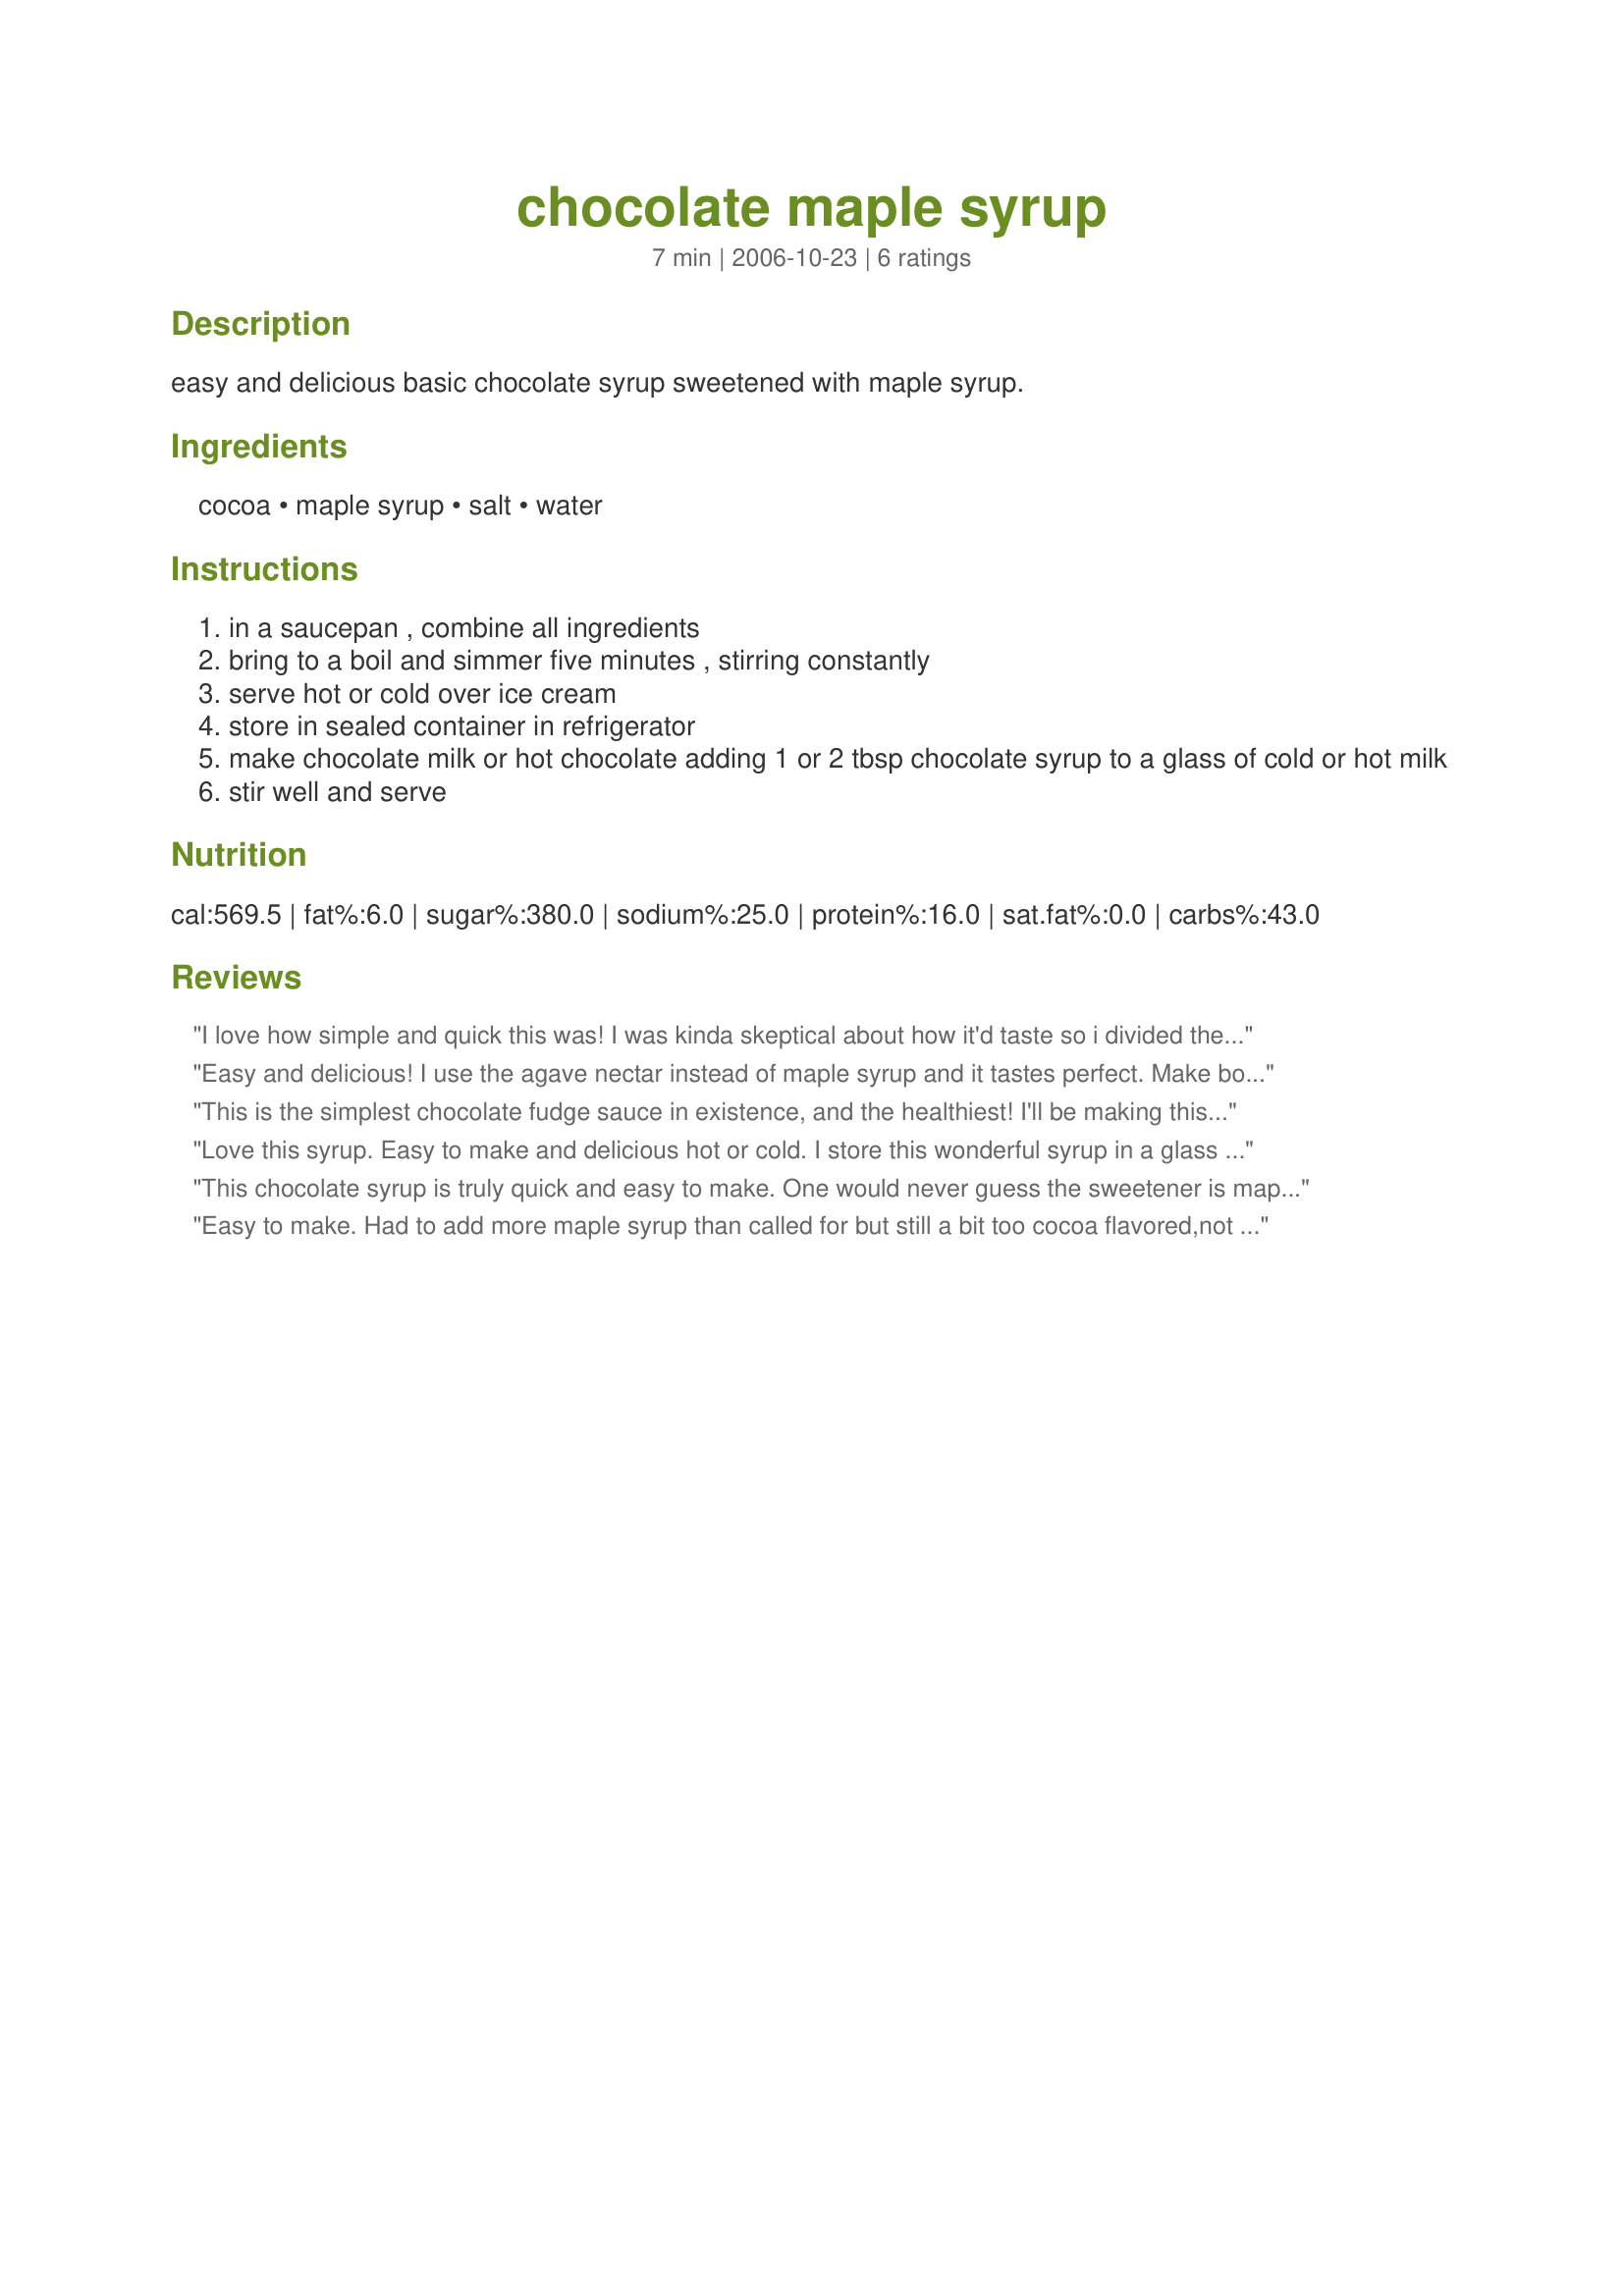
chocolate maple syrup
Preparation time: 7 minutes

easy and delicious basic chocolate syrup sweetened with maple syrup.

Ingredients:
cocoa, maple syrup, salt, water

Steps:
in a saucepan , combine all ingredients
bring to a boil and simmer five minutes , stirring constantly
serve hot or cold over ice cream
store in sealed container in refrigerator
make chocolate milk or hot chocolate adding 1 or 2 tbsp chocolate syrup to a glass of cold or hot milk
stir well and serve

Reviews:
I love how simple and quick this was! I was kinda skeptical about how it'd taste so i divided the recipe by 3 to try a little but wow did this taste amazing! There was a slightly bitter after taste but that could just be because i used unsweetened cocoa powder. I added it to my low calorie vanilla ice cream and it tastes amazing! Will definitely make again.
Easy and delicious! I use the agave nectar instead of maple syrup and it tastes perfect. Make bobbiann's no bake cheesecake (I use a different crust and sub agave nectar) from her recipe) and drizzle this syrup on top (chilled) for a delicious low glycemic index treat. Thanks.
This is the simplest chocolate fudge sauce in existence, and the healthiest! I'll be making this again and again. It may be that it became fudgy rather than saucy because I reduced it to 1/4 recipe (kids are grown, hubby gets migraines from chocolate) and even 4 minutes was too long to boil, but YUM!!! Just what I wanted! ... Oh, yeah--add a touch of butter & vanilla when you remove from heat for best flavor and fudginess. :-)
Love this syrup. Easy to make and delicious hot or cold. I store this wonderful syrup in a glass canning jar in the refrigerator, and I made a label for it on my computer. I am making it again today to give as a gift along with some homemade cookies and other goodies in a basket.
This chocolate syrup is truly quick and easy to make. One would never guess the sweetener is maple syurp by the taste. A nice health alternative to sugar-sweetened syrups considering maple syrup has more vitamins and minerals. Thank you, I'll be making this again.
Easy to make. Had to add more maple syrup than called for but still a bit too cocoa flavored,not sure if that is my taste problem, but will work on this recipe. I am putting this in my keeper file! thank you!
